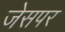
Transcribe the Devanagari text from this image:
जेसपर